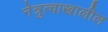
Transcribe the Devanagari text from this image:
नेत्रुत्वाखालील